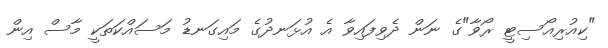
"ކިއުރިއޯސިޓީ ރޯވާ"ގެ ނަން ދެވިފައިވާ އެ އުޅަނދުގެ މައިގަނޑު މަސައްކަތަކީ މާސް އިން